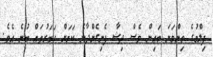
ފިލްމުގެ ތިންވަނަ ބައިން ވެސް ދިޝާ ފެނިގެންދާނެ ކަމަށް ހަބަރުތައް ބުނެ އެވެ.